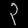
Digit: ၃